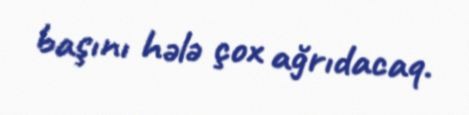
başını hələ çox ağrıdacaq.